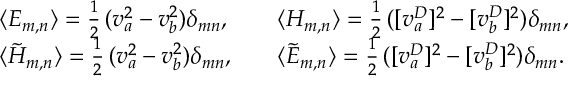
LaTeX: \begin{array} { l c l } { { \langle { \cal E } _ { m , n } \rangle = \frac { 1 } { 2 } \, ( v _ { a } ^ { 2 } - v _ { b } ^ { 2 } ) \delta _ { m n } , } } & { { } } & { { \langle { \cal H } _ { m , n } \rangle = \frac { 1 } { 2 } \, ( [ v _ { a } ^ { D } ] ^ { 2 } - [ v _ { b } ^ { D } ] ^ { 2 } ) \delta _ { m n } , } } \\ { { \langle \tilde { \cal H } _ { m , n } \rangle = \frac { 1 } { 2 } \, ( v _ { a } ^ { 2 } - v _ { b } ^ { 2 } ) \delta _ { m n } , } } & { { } } & { { \langle \tilde { \cal E } _ { m , n } \rangle = \frac { 1 } { 2 } \, ( [ v _ { a } ^ { D } ] ^ { 2 } - [ v _ { b } ^ { D } ] ^ { 2 } ) \delta _ { m n } . } } \end{array}